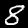
Digit: 8